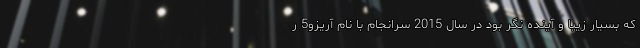
که بسیار زیبا و آینده نگر بود در سال 2015 سرانجام با نام آریزو5 ر